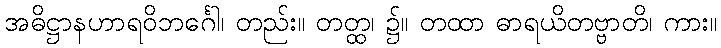
အဓိဋ္ဌာနဟာရဝိဘင်္ဂေါ၊ တည်း။ တတ္ထ၊ ၌။ တထာ ဓာရယိတဗ္ဗာတိ၊ ကား။